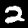
Digit: 2